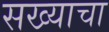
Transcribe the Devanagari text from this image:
सख्याचा